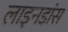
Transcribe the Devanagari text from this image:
लाइनडांस